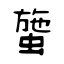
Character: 䗐